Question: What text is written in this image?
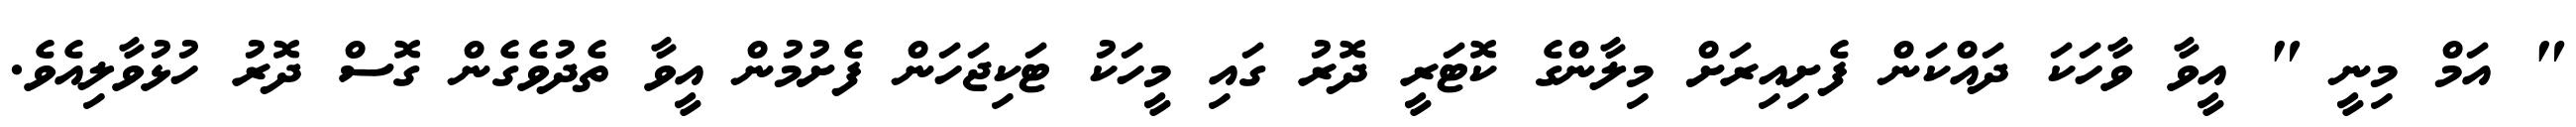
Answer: " އަމް މިނީ " އީވާ ވާހަކަ ދައްކަން ފެށިއިރަށް މިލާންގެ ކޮޓަރީ ދޮރު ގައި މީހަކު ޓަކިޖަހަން ފެށުމުން އީވާ ތެދުވެގެން ގޮސް ދޮރު ހުޅުވާލިއެވެ.